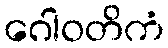
ဂေါဝတိကံ